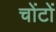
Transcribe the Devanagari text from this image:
चोंटों